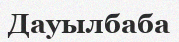
Дауылбаба